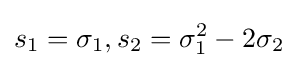
s_{1}=\sigma _{1},s_{2}=\sigma _{1}^{2}-2\sigma _{2}